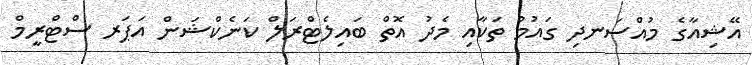
އޭޝިއާގެ މުއްސަނދި ގައުމު ތަކާއި މެދު އޮތް ބައިލެޓްރަލް ކަނެކްޝަން އަޕަރ ސްޓްރީމް